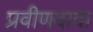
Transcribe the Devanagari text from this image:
प्रवीणदादा